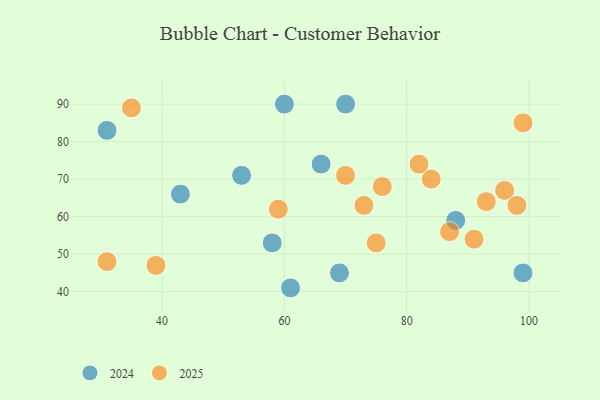
{"axis": {"x": "GDP", "y": "Life Expectancy"}, "legend": ["2024", "2025"], "data": [{"x": "70", "y": 71, "type": "2025"}, {"x": "75", "y": 53, "type": "2025"}, {"x": "59", "y": 62, "type": "2025"}, {"x": "73", "y": 63, "type": "2025"}, {"x": "84", "y": 70, "type": "2025"}, {"x": "76", "y": 68, "type": "2025"}, {"x": "93", "y": 64, "type": "2025"}, {"x": "87", "y": 56, "type": "2025"}, {"x": "99", "y": 85, "type": "2025"}, {"x": "96", "y": 67, "type": "2025"}, {"x": "82", "y": 74, "type": "2025"}, {"x": "35", "y": 89, "type": "2025"}, {"x": "98", "y": 63, "type": "2025"}, {"x": "31", "y": 48, "type": "2025"}, {"x": "91", "y": 54, "type": "2025"}, {"x": "39", "y": 47, "type": "2025"}, {"x": "70", "y": 90, "type": "2024"}, {"x": "60", "y": 90, "type": "2024"}, {"x": "43", "y": 66, "type": "2024"}, {"x": "88", "y": 59, "type": "2024"}, {"x": "99", "y": 45, "type": "2024"}, {"x": "66", "y": 74, "type": "2024"}, {"x": "53", "y": 71, "type": "2024"}, {"x": "69", "y": 45, "type": "2024"}, {"x": "61", "y": 41, "type": "2024"}, {"x": "58", "y": 53, "type": "2024"}, {"x": "31", "y": 83, "type": "2024"}]}